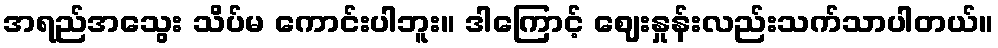
အရည်အသွေး သိပ်မ ကောင်းပါဘူး။ ဒါကြောင့် ဈေးနှုန်းလည်းသက်သာပါတယ်။